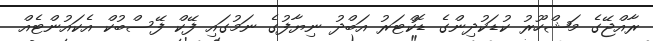
ރާއްޖޭގެ މަޝްހޫރު ކުޑަކުދިންގެ ޑޮކްޓަރު އަބްދު ނިޔާފުގެ ނަމުގައި ފޭކް ފޭސްބުކް އެކައުންޓެއް